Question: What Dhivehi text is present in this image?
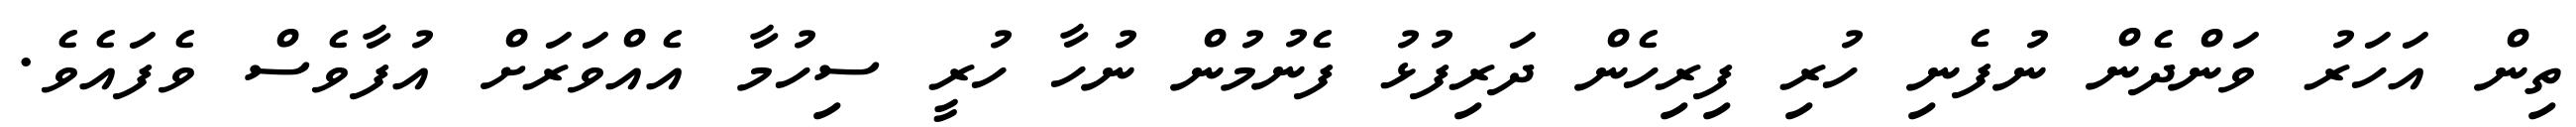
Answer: ތިން އަހަރު ވަންދެން ނުފެނި ހުރި ފިރިހެން ދަރިފުޅު ފެނުމުން ނުހާ ހުރީ ސިހުމާ އެއްވަރަށް އުފާވެސް ވެފައެވެ.